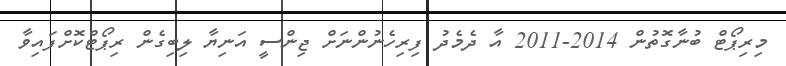
މިރިޕޯޓް ބުނާގޮތުން 2014-2011 އާ ދެމެދު ފިރިހެނުންނަށް ޖިންސީ އަނިޔާ ލިބިގެން ރިޕޯޓްކޮށްފައިވާ